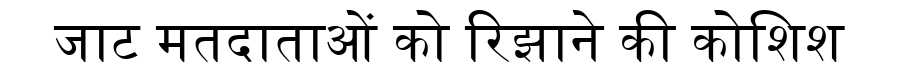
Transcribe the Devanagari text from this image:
जाट मतदाताओं को रिझाने की कोशिश